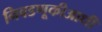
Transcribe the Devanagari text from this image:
निवडणूकीआधी